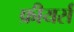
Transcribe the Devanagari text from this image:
फ्रीयर्स